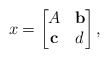
\begin{align*} x = \begin{bmatrix} A & \mathbf{b}\\\mathbf{c} & d \end{bmatrix} ,\end{align*}